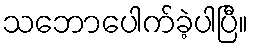
သဘောပေါက်ခဲ့ပါပြီ။